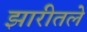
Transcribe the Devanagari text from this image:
झारीतले